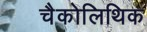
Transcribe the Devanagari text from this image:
चैकोलिथिक